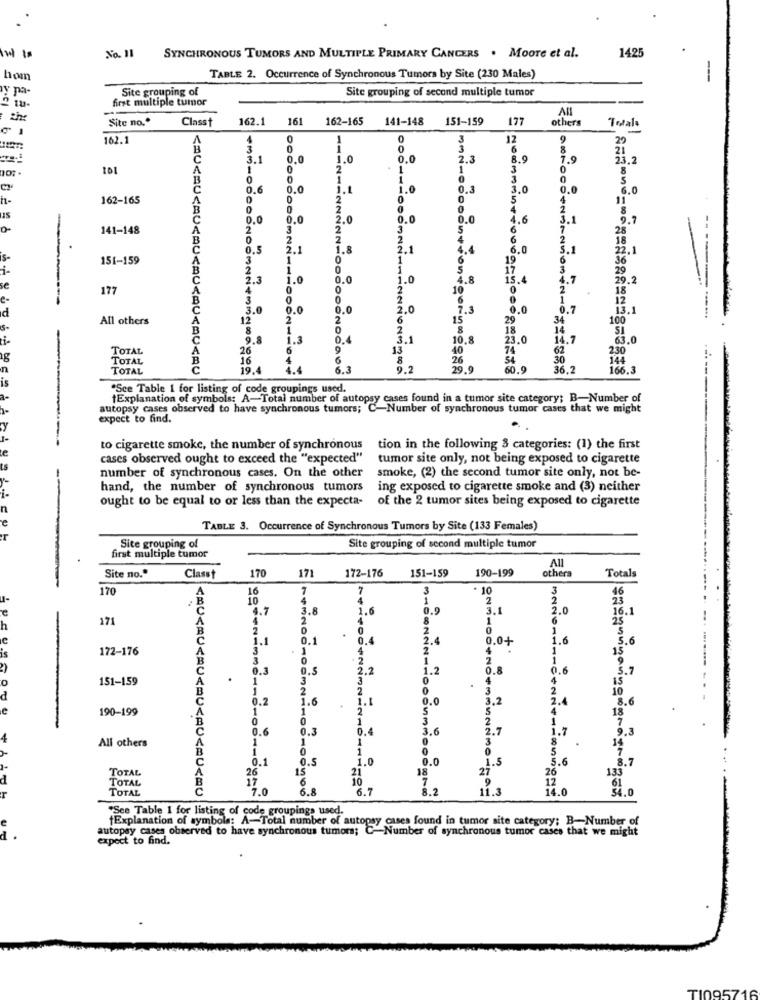
1425
No. 1
SYNCHRONOUS TUMORS AND MULTIPLE PRIMARY CANCERS . Moore et al.
-
hom
TABLE 2. Occurrence of Synchronous Tumors by Site (230 Males)
pa-
Site grouping of
Site grouping of second multiple tumor
first multiple tumor
Site no."
Classt
162.1
161
162-165
141-148
151-159
177
others
Totals
-
162.1
A
0
29
21
23.2
101
A
8
B
5
0.0
6.0
h-
162-165
11
141-148
28
--
-ODCOONG
18
4.4
5.1
22.1
is-
151-159
6
19
36"
1
1
17
29
2.3
1.0
1.0
1.8
15.4
4.7
29.2
se
177
4
0
10
0
2
18
e-
3
0
2
6
12
3.0
0.0
0.0
1.0
7.3
0.0
0.7
13.1
All others
12
2
2
6
15
29
34
100
8
2
8
18
14
51
9.8
1.3
0.4
10.8
23.0
14.7
63.0
TOTAL
26
6
13
40
74
62
230
TOTAL
16
4
10
8
26
54
30
144
n
TOTAL
19.4
1 4
5.3
9.2
29.9
60.9
36.2
166.3
is
"Sce Table 1 for listing of code groupings used.
Explanation of symbols: A-Total number of autopsy cases found in a tumor site category; B-Number of
autopsy cases observed to have synchronous tumors; C-Number of synchronous tumor cases that we might
expect to find.
to cigarette smoke, the number of synchronous
tion in the following 3 categories: (1) the first
cases observed ought to exceed the "expected"
tumor site only, not being exposed to cigarette
Ls
number of synchronous cases. On the other
smoke, (2) the second tumor site only, not be-
hand, the number of synchronous tumors
ing exposed to cigarette smoke and (3) neither
ought to be equal to or less than the expecta-
of the 2 tumor sites being exposed to cigarette
n
TABLE 3. Occurrence of Synchronous Tumors by Site (133 Females)
T
Site grouping of
Site grouping of second multiple tumor
first multiple tumor
All
190-199
others
Site no."
Classt
170
171
172-176
151-159
Totals
170
A
16
7
7
10
4
46
B
C
4.7
3.8
1.6
1.0
5.1
171
A
4
25
h
B
2
1
1.1
0.1
0.4
1.6
3.6
172-176
4
1
15
is
3
3
0
0.3
1.5
2.2
0.6
5.7
151-159
1
3
108222110
4
1
0.2
1.6
1.1
0.0
2.4
8.6
C
190-199
1
1
2
0
0
1
3
18
0.6
0.3
0.4
3.6
2.7
1.7
1.3
All others
1
1
1
3
1
0
1
0.1
1.5
1.0
0.0
1.5
1.6
8.7
TOTAL
15
18
27
TOTAL
17
26
6
21
10
7
26
12
133
TOTAL
<MU<MU<MU<MU << 0<MU << 0
7.0
6.8
6.7
8.2
11.3
14.0
*See Table 1 for listing of code groupings used.
tExplanation of symbols: A-Total number of autopsy cases found in tumor site category; B-Number of
autopsy cases observed to have synchronous tumors; C-Number of synchronous tumor cases that we might
d
expect to find.
TI09